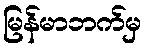
မြန်မာဘက်မှ